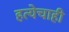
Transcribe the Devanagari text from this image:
हत्येचाही